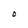
Character: O